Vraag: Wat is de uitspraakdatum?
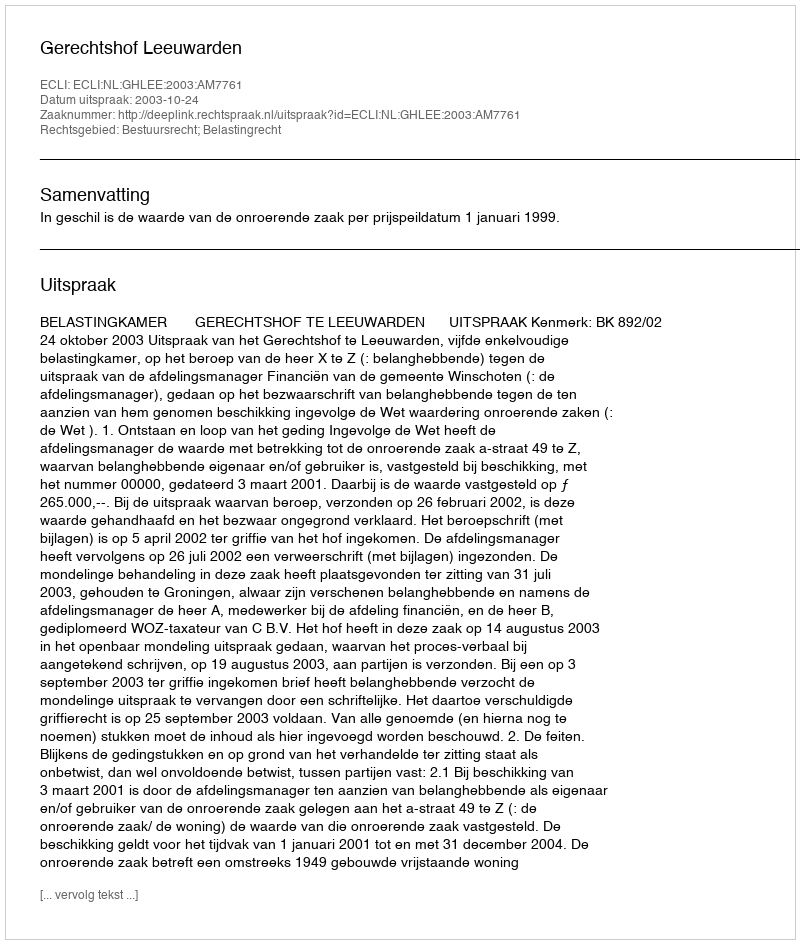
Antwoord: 2003-10-24